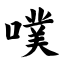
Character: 噗